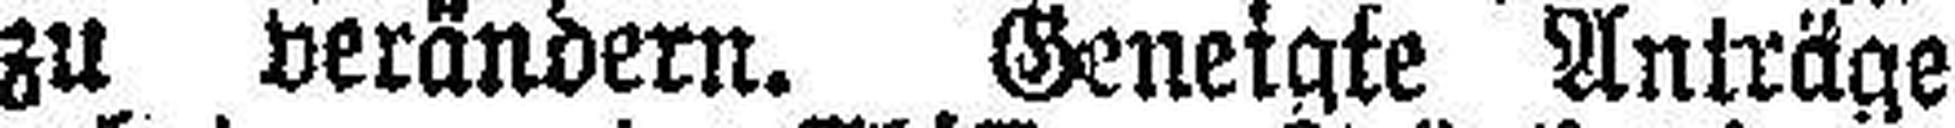
zu verändern. Geneigte Anträge